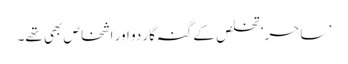
’ ساحر‘ تخلص کے گنہ گار دو اور اشخاص بھی تھے۔